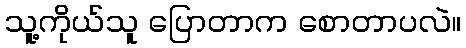
သူ့ကိုယ်သူ ပြောတာက စောတာပလဲ။